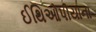
ઈથિઓપીયાના